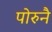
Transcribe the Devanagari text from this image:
पोरुनै